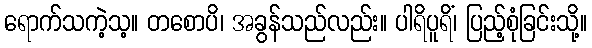
ရောက်သကဲ့သ့။ တစောပိ၊ အခွန်သည်လည်း။ ပါရိပူရိံ၊ ပြည့်စုံခြင်းသို့။